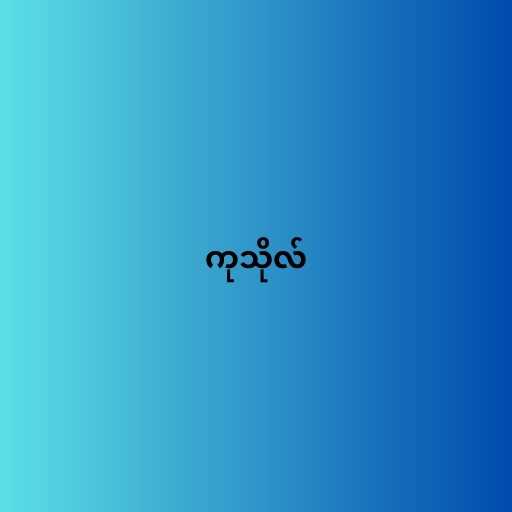
ကုသိုလ်